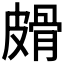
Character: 𰤱